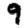
Digit: 9